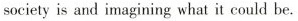
society is and imagining what it could be.